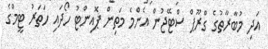
އަދި މުބާރާތުގެ ގްރޫޕް ސްޓޭޖުން އެންމެ މަތިން ޕޮއިންޓު ހޯދައި ހަތަރު ޓީމްގެ